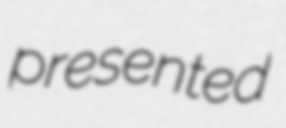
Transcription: presented